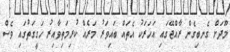
މޫދަށް ގެނބިގެން ރާއްޖޭގައި އަހަރަކު އެތައް ބައިވަރު މަރެއް ކުރިމަތިވާއިރު ހަގީގަތުގައި ވެސް